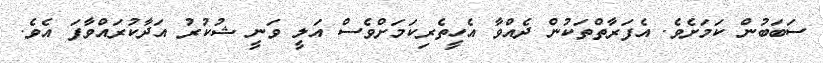
ސަބަބުން ކަމަށެވެ. އެފަރާތްތަކުން ދެއްވާ އެހީތެރިކަމަށްވެސް އަލީ ވަނީ ޝުކުރު އަދާކުރައްވާފަ އެެވެ.